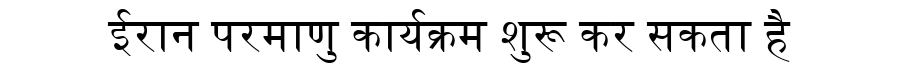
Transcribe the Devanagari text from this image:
ईरान परमाणु कार्यक्रम शुरू कर सकता है